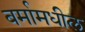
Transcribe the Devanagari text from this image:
बर्मामधील